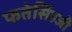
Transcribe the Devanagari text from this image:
फतेसिंहजी